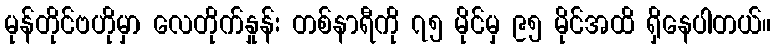
မုန်တိုင်ဗဟိုမှာ လေတိုက်နှုန်း တစ်နာရီကို ၇၅ မိုင်မှ ၉၅ မိုင်အထိ ရှိနေပါတယ်။